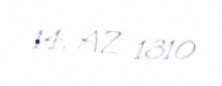
14, AZ 1310